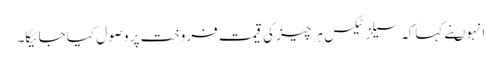
انہوںنے کہاکہ سیلز ٹیکس ہر چیز کی قیمت فروخت پر وصول کیا جائیگا۔